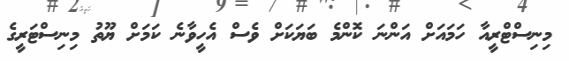
މިނިސްޓްރީއާ ހަމައަށް އަންނަ ކޮންމެ ބަޔަކަށް ވެސް އެހީވާނެ ކަމަށް ޔޫތު މިނިސްޓަރީގެ